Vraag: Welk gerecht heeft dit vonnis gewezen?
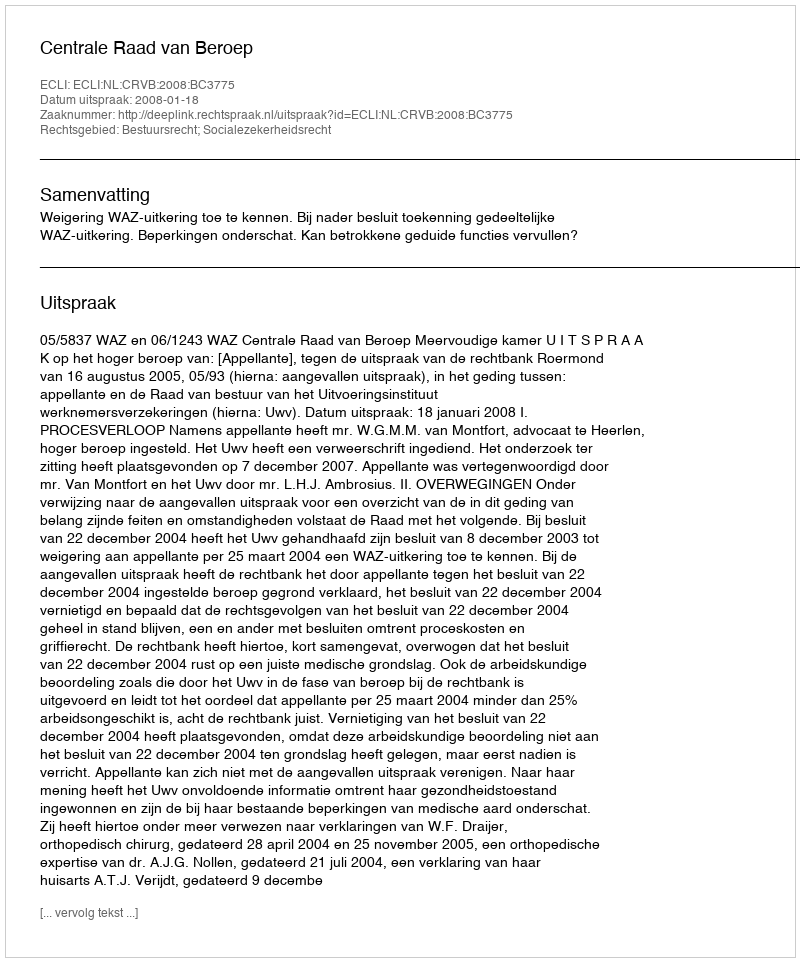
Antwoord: Centrale Raad van Beroep